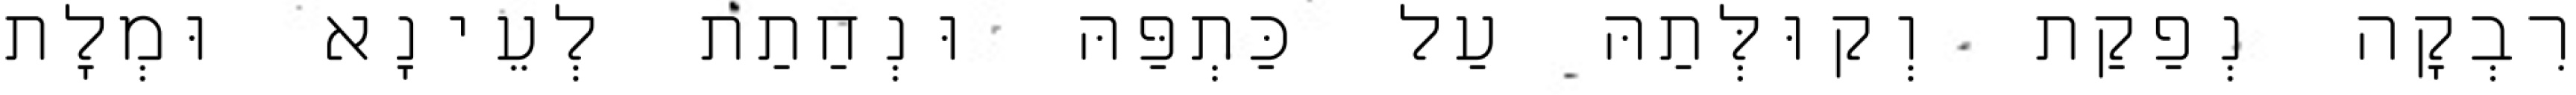
רִבְקָה נְפַקַת וְקוּלְּתַהּ עַל כַּתְפַּהּ וּנְחַתַת לְעֵינָא וּמְלָת